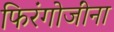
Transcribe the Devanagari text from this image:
फिरंगोजींना